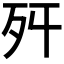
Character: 𣧒